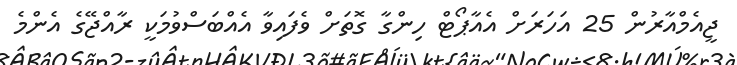
ޖީއެމްއާރުން 25 އަހަރަށް އެއާޕޯޓް ހިންގާ ގޮތަށް ވެފައިވާ އެއްބަސްވުމަކީ ރާއްޖޭގެ އެންމެ